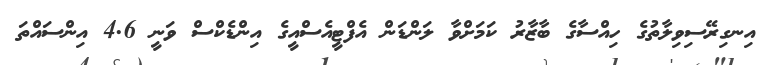
އިނގިރޭސިވިލާތުގެ ހިއްސާގެ ބާޒާރު ކަމަށްވާ ލަންޑަން އެފްޓީއެސްއީގެ އިންޑެކްސް ވަނީ 4.6 އިންސައްތަ